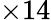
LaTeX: \times{}14